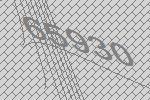
65930